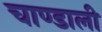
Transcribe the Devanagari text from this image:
चाण्डाली